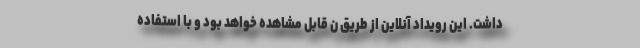
داشت. این رویداد آنلاین از طریق ن قابل مشاهده خواهد بود و با استفاده